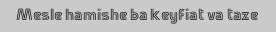
Mesle hamishe ba keyfiat va taze